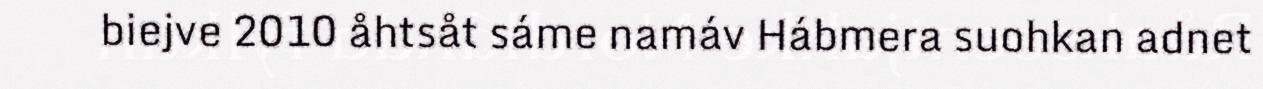
biejve 2010 åhtsåt sáme namáv Hábmera suohkan adnet